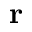
\mathbf { r }